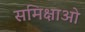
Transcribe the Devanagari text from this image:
समिक्षाओ